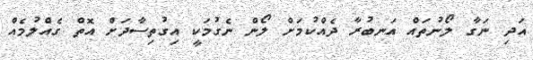
އަދި ނަގާ ލޯނުތައް އަނބުރާ ދެއްކުމަށް ލޯން ނެގުމަކީ އިގުތިސާދަށް އޮތް ގެއްލުމެއް